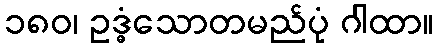
၁၈၀၊ ဥဒ္ဓံသောတမည်ပုံ ဂါထာ။